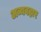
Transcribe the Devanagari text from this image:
अव्यवहार